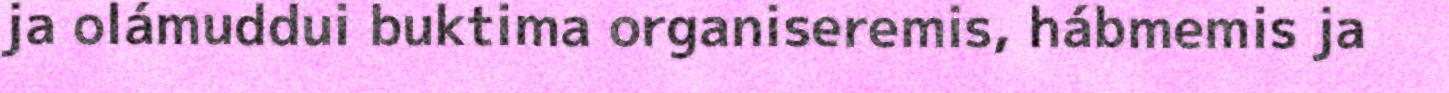
ja olámuddui buktima organiseremis, hábmemis ja